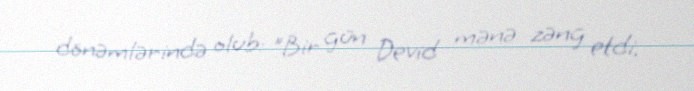
dönəmlərində olub: "Bir gün Devid mənə zəng etdi.